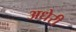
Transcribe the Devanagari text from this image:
अधेरी